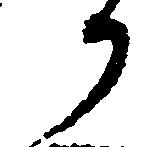
か